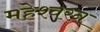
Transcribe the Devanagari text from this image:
महेश्वरन